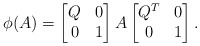
\begin{align*}\phi(A) = \begin{bmatrix} Q & 0 \\ 0 & 1 \end{bmatrix} A \begin{bmatrix} Q^T & 0 \\ 0 & 1 \end{bmatrix}.\end{align*}